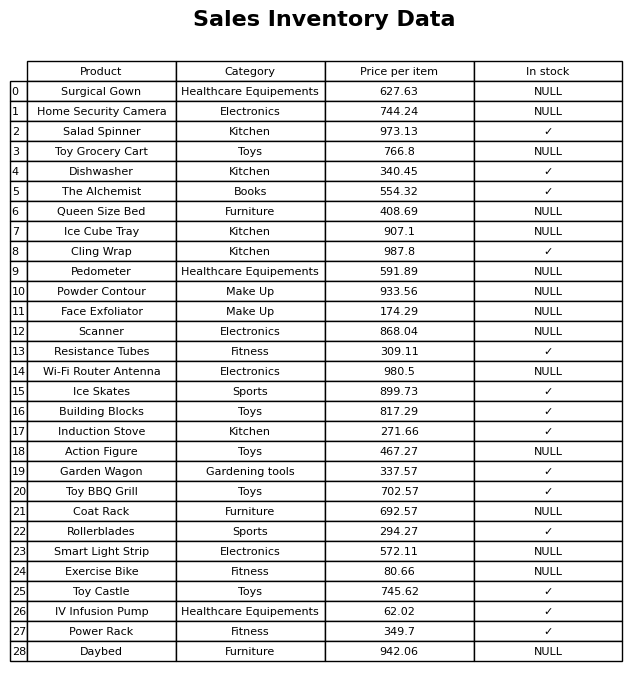
question: What is the price of the Home Security Camera?
answer: The price of Home Security Camera is 744.24.